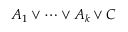
A _ { 1 } \lor \cdots \lor A _ { k } \lor C